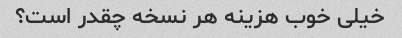
خیلی خوب هزینه هر نسخه چقدر است؟